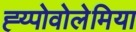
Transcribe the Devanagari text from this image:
ह्य्पोवोलेमिया